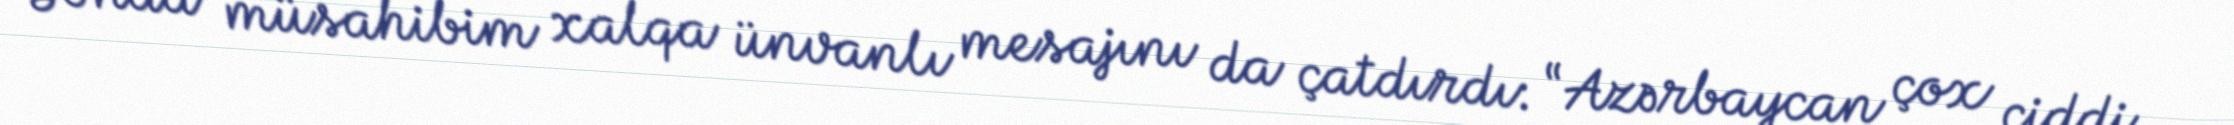
Sonda müsahibim xalqa ünvanlı mesajını da çatdırdı: “Azərbaycan çox ciddi